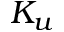
K _ { u }